Bombay plague: being a history of the progress of plague in the Bombay presidency from September 1896 to June 1899
Year: 1896
Disease focus: Plague
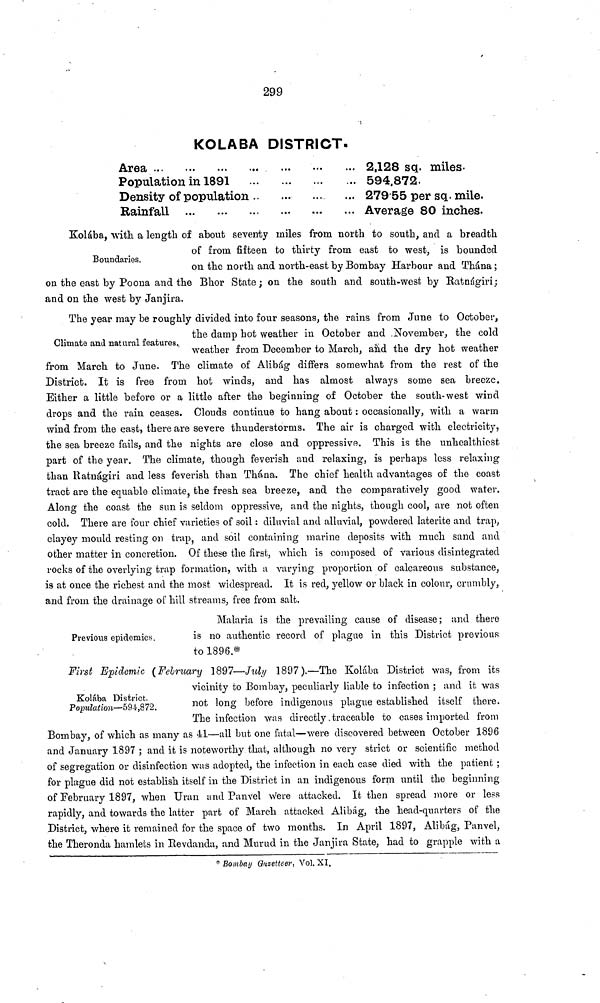
299
KOLABA DISTRICT.
Area ... ... ...
Population in 1891
Density of population
Rainfall ... ...
L ..
2,128 sq. miles.
594,872.
279-55 per sq. mile.
Average 80 inches.
Boundaries.
Kolába, with, a length of about seventy miles from north to south, and a breadth
of from fifteen to thirty from east to west, is bounded
on the north and north-east by Bombay Harbour and Thána ;
on the east by Poona and the Bhor State; on the south and south-west by Ratnágiri;
and on the west by Janjira.
Climate and natural features.
The year may be roughly divided into four seasons, the rains from June to October,
the damp hot weather in October and November, the cold
weather from December to March, and the dry hot weather
from March to June. The climate of Alibág differs somewhat from the rest of the
District. It is free from hot winds, and has almost always some sea breeze.
Either a little before or a little after the beginning of October the south-west wind
drops and the rain ceases. Clouds continue to hang about : occasionally, with a warm
wind from the east, there are severe thunderstorms. The air is charged with electricity,
the sea breeze fails, and the nights are close and oppressive. This is the unhealthiest
part of the year. The climate, though feverish and relaxing, is perhaps less relaxing
than Ratnagiri and less feverish than Thána. The chief health advantages of the coast
tract are the equable climate, the fresh sea breeze, and the comparatively good water.
Along the coast the sun is seldom oppressive, and the nights, though cool, are not often
cold. There are four chief varieties of soil : diluvial and alluvial, powdered latérite and trap,
clayey mould resting on trap, and soil containing marine deposits with much sand and
other matter in concretion. Of these the first, which is composed of various disintegrated
rocks of the overlying trap formation, with u varying proportion of calcareous substance,
is at once the richest and the most widespread. It is red, yellow or black in colour, crumbly,
and from the drainage of hill streams, free from salt.
Previeras epidemics.
Malaria is the prevailing cause of disease; and there
is no authentic record of plague in this District previous
to 1896.*
Kolába District.
Population—594,872.
First Epidemic (February 1897—July 1897).—The Kolába District was, from its
vicinity to Bombay, peculiarly liable to infection ; and it was
not long before indigenous plague established itself there.
The infection was directly. traceable to cases imported from
Bombay, of which as many as 41—all but one fatal—were discovered between October 1896
and January 1897 ; and it is noteworthy that, although no very strict or scientific method
of segregation or disinfection was adopted, the infection in each case died with the patient ;
for plague did not establish itself in the District in an indigenous form until the beginning
of February 1897, when Uran and Panvel Were attacked. It then spread more or less
rapidly, and towards the latter part of March attacked Alibág, the head-quarters of the
District, where it remained for the space of two months. In April 1897, Alibág, Panvel,
the Theronda hamlets in Eevdanda, and Murud in the Janjira State, had to grapple with a
* Bombay Guzetteer, Vol. XI.